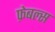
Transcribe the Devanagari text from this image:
फ़ेबल्स